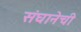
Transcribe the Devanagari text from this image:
संघानेची